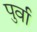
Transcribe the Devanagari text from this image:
पुर्वा